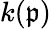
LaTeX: k({\mathfrak{p}})